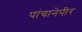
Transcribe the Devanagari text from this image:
पांचानेपीर